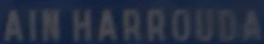
AIN HARROUDA